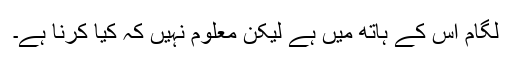
لگام اس کے ہاتھ میں ہے لیکن معلوم نہیں کہ کیا کرنا ہے۔